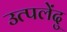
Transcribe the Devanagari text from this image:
उत्पलेंदु